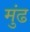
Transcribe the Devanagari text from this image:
मुंढ